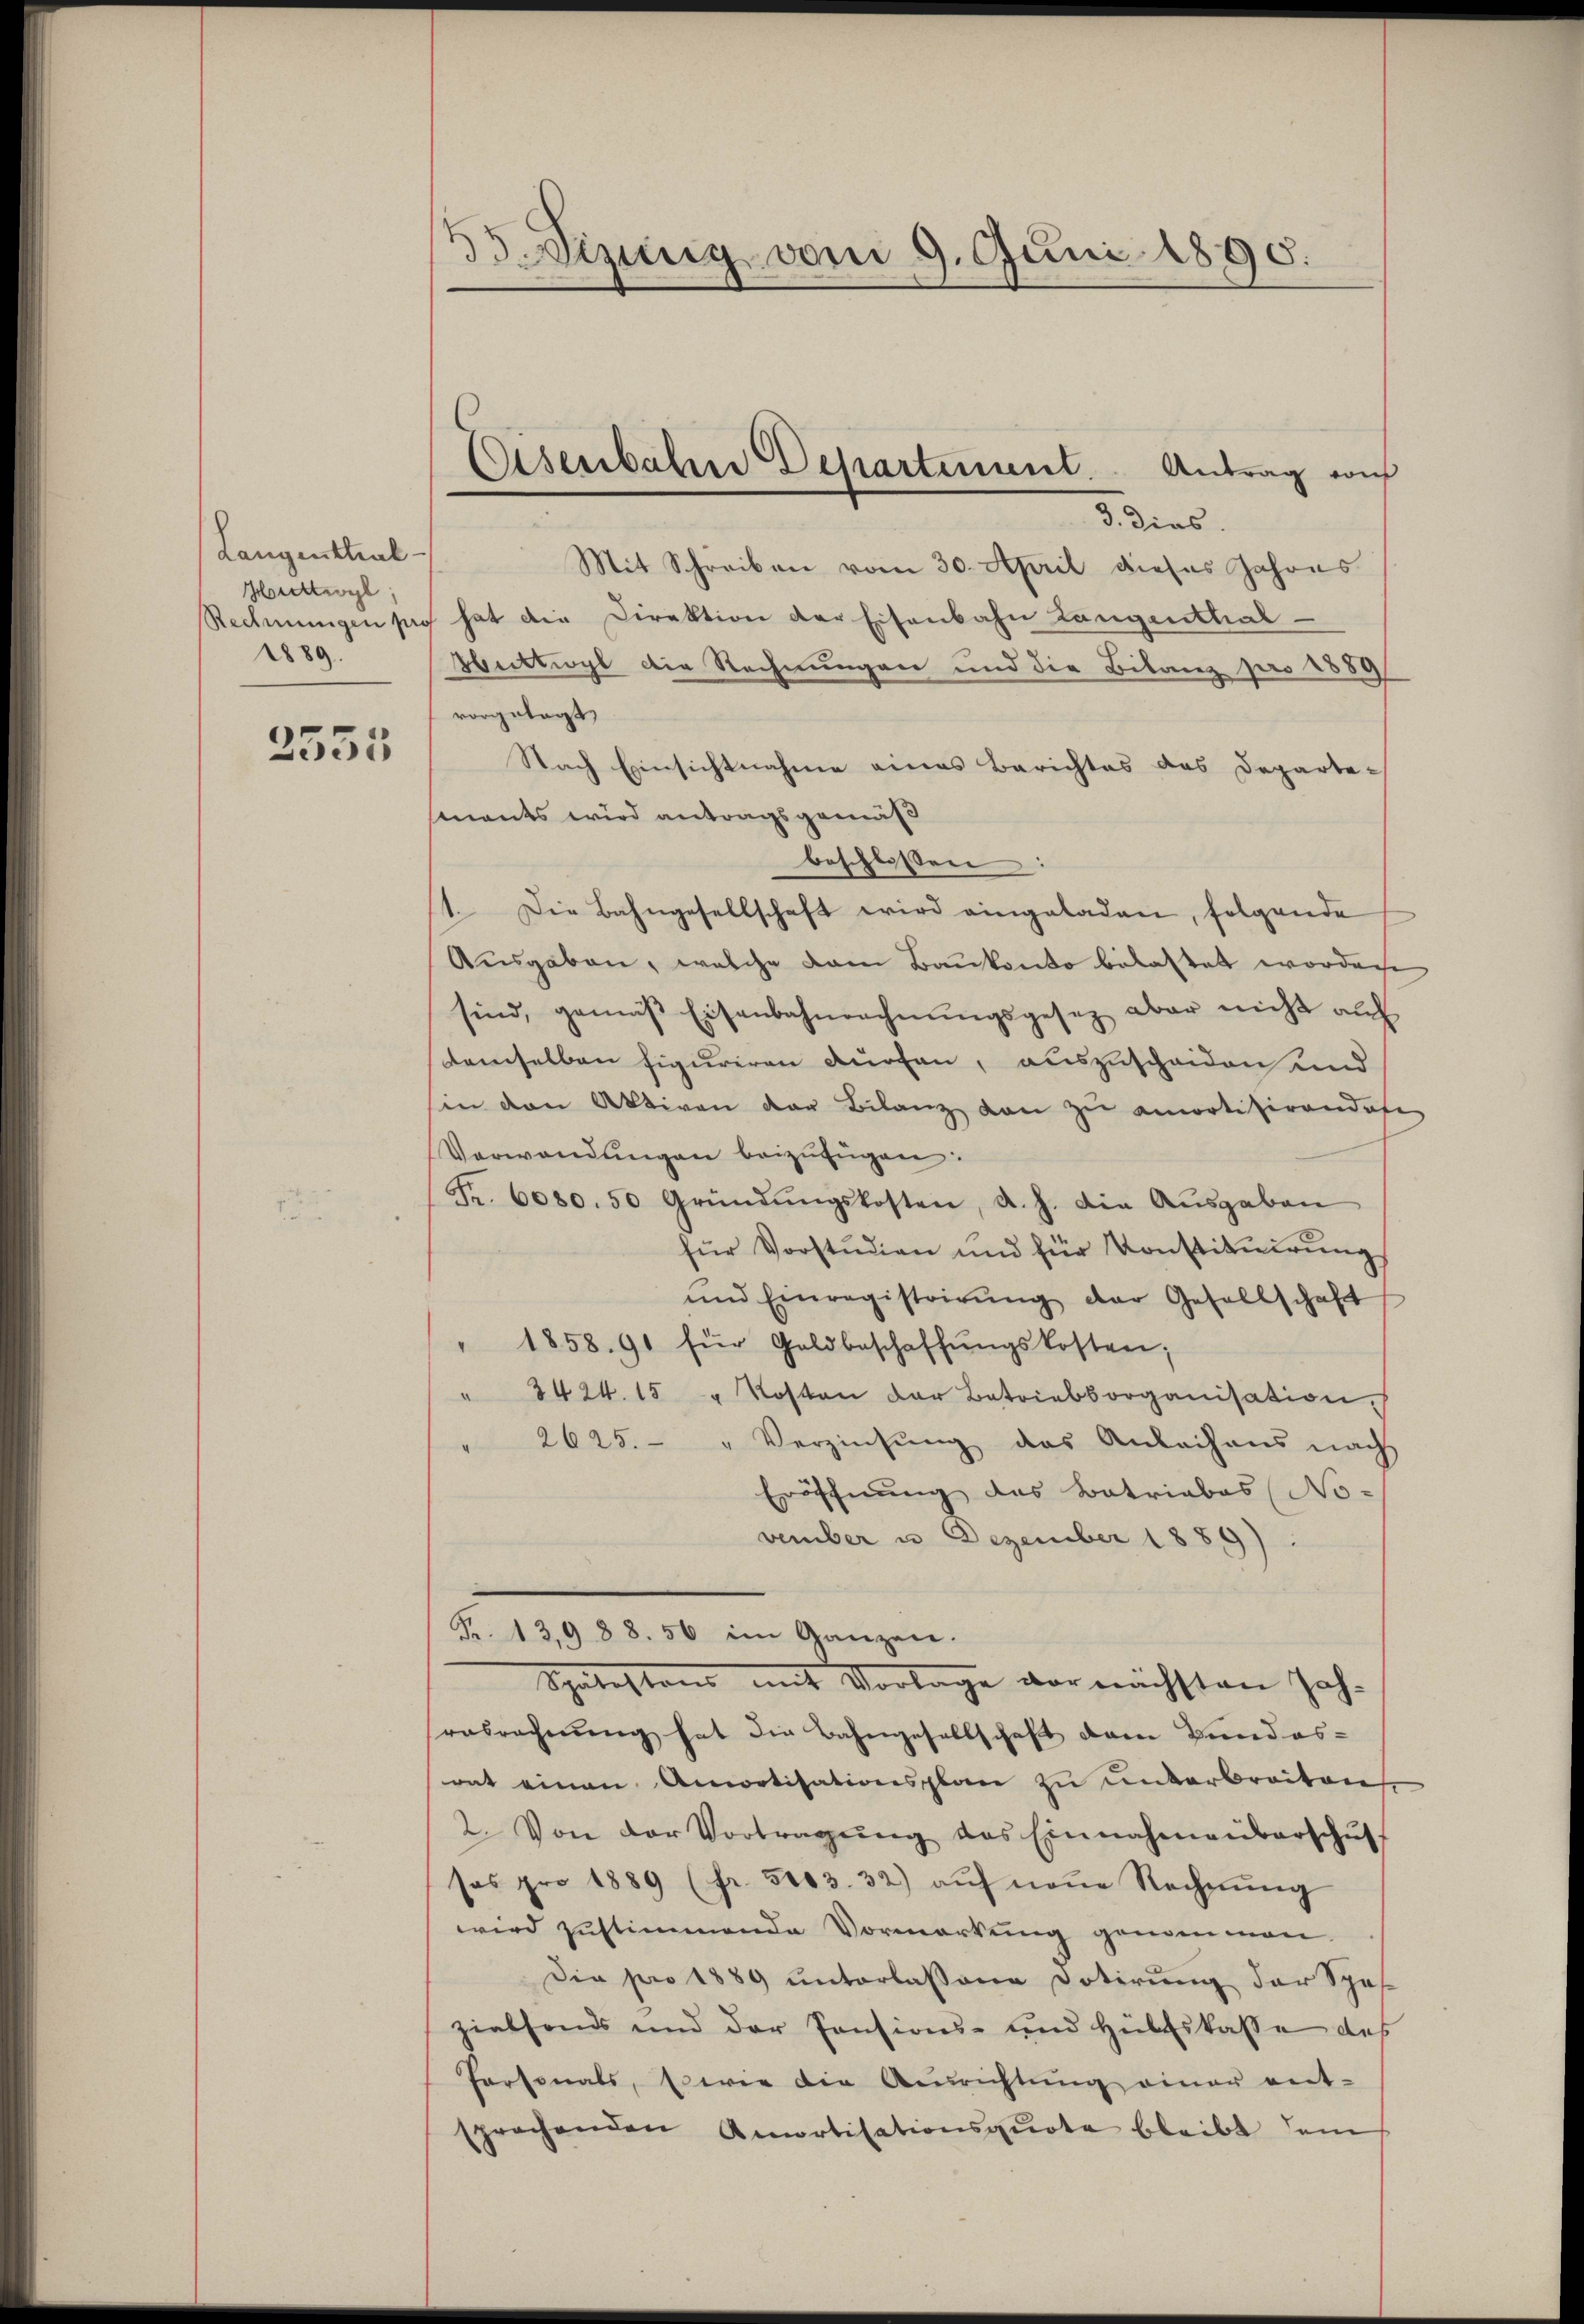
Langenthal
Moreltwyl,
1889.

2555

33. Sizig vom 9. Juni 1890.

3. dies.
Mit Schreiben vom 30. April dieses Jahres
Rechnungen sie hat die Direktion der Eisenbahn Langenthal¬
Wuttiogl die Rechnungen und die Bilanz pro 1889
vorgelegt,
Nach Einsichtnahme eines Berichtes das Departe-
mments wird antragsgemäß
beschlossen
1. Die Bahngesellschaft wird eingeladen, folgende
Ausgaben, welche dan Baukonto belastet worden
sind, gemäβ Eisenbahnrechnŭngsgesez aber nicht auf
demselben figuriren durchen, auszuscheiden und
in den Aktiven der Bilanz von zu amortificandofe
Verwendungen beizufügen:
Fr. 6080.50 Gründŭngskosten, d. h. die Aŭsgaben
für Vorstŭdien und für Konstitŭirŭng
und Einregistrirŭng der Gesellschaft
" 1858. 91 für Goldbeschaffŭngskosten;
2424. 15 " Kosten der Betriebsorganisation
2625. " Verzinsung des Anleihens nach
Eröffnung des Batriabas (No-
vember u. Dezember 1889).
Fr. 13,9 88. 56 im Ganzen.
Spätestens mit Vorlage vornächsten Jahrabrechnŭng hat die Bahngesellschaft dem Bundes-
rat einen Amortisationsplan zu unterbreiten
2. Von der Vortragŭng des Einnahmaŭbarschŭt
sos pro 1889 (fr. 5103. 32) aŭf neŭe Rechnŭng
wird zustimmende Vormerkung genommen.
Die pro 1889 unterlassene Dotierŭng der Spes
zialfonds und der Pensions- und Hülfskasse des
Personals, serie die Ausrichtŭng einer ent-
sprochenden Amortisationsquote bleibt dem

Eisenbahrer Departement. Antrag auf